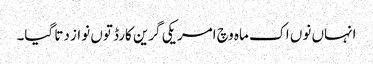
انہاں نو‏ں اک ماہ وچ امریکی گرین کارڈ تو‏ں نواز دتا گیا۔